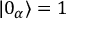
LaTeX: | 0 _ { \alpha } \rangle = 1